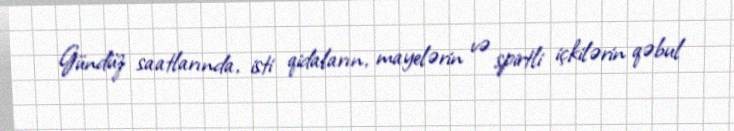
Gündüz saatlarında, isti qidaların, mayelərin və spirtli içkilərin qəbul